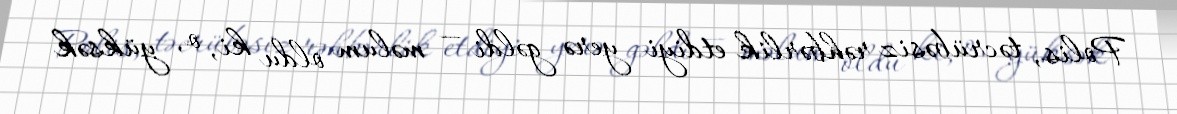
Polis, təcrübəsiz rəhbərlik etdiyi yerə gəldi — məlum oldu ki, o, yüksək